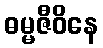
ဓမ္မဇီဝိနေ